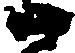
候